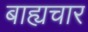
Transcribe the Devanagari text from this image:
बाह्यचार